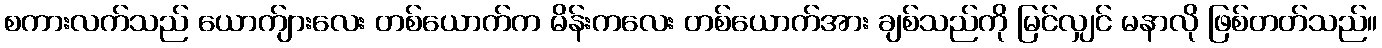
စကားလက်သည် ယောက်ျားလေး တစ်ယောက်က မိန်းကလေး တစ်ယောက်အား ချစ်သည်ကို မြင်လျှင် မနာလို ဖြစ်တတ်သည်။